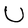
Character: U